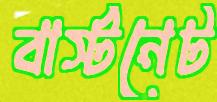
বার্স্টনেট